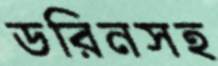
ডরিনসহ